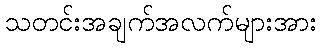
သတင်းအချက်အလက်များအား